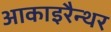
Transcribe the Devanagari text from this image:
आकाइरैन्थर